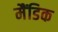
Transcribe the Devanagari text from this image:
मैंडिक